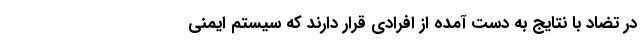
در تضاد با نتایج به دست آمده از افرادی قرار دارند که سیستم‌ ایمنی